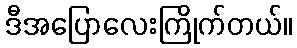
ဒီအပြောလေးကြိုက်တယ်။